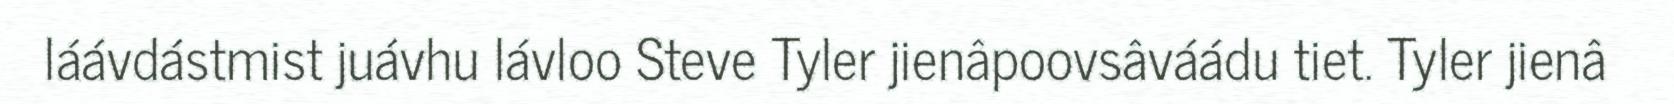
láávdástmist juávhu lávloo Steve Tyler jienâpoovsâváádu tiet. Tyler jienâ